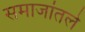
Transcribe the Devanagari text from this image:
समाजांतले